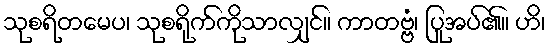
သုစရိတမေပ၊ သုစရိုက်ကိုသာလျှင်။ ကာတဗ္ဗံ၊ ပြုအပ်၏။ ဟိ၊